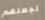
تجعلهم